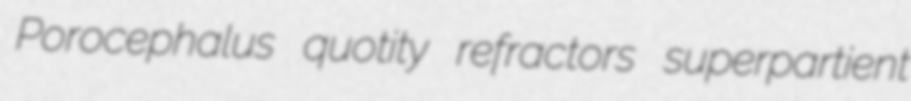
Porocephalus quotity refractors superpartient